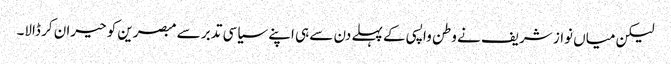
لیکن میاں نواز شریف نے وطن واپسی کے پہلے دن سے ہی اپنے سیاسی تدبر سے مبصرین کو حیران کر ڈالا۔